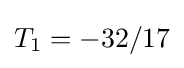
T_{1}=-32/17